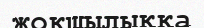
жоқшылыққа